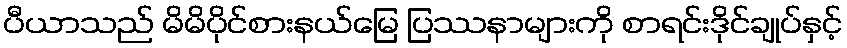
ပီယာသည် မိမိပိုင်စားနယ်မြေ ပြဿနာများကို စာရင်းဒိုင်ချုပ်နှင့်